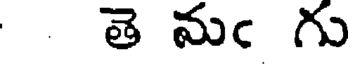
తె మఁ గు